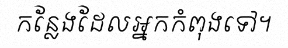
កន្លែងដែលអ្នកកំពុងទៅ។